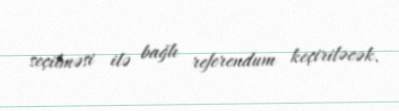
seçilməsi ilə bağlı referendum keçiriləcək.